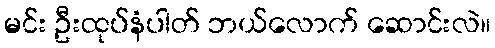
မင်း ဦးထုပ်နံပါတ် ဘယ်လောက် ဆောင်းလဲ။